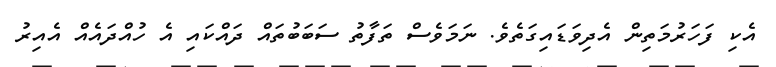
އެކި ފަހަރުމަތިން އެދިވަޑައިގަތެވެ. ނަމަވެސް ތަފާތު ސަބަބުތައް ދައްކައި އެ ހުއްދައެއް އެއިރު